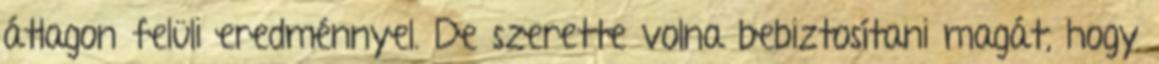
átlagon felüli eredménnyel. De szerette volna bebiztosítani magát, hogy